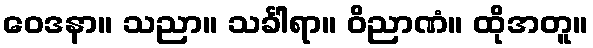
ဝေဒနာ။ သညာ။ သင်္ခါရာ။ ဝိညာဏံ။ ထိုအတူ။